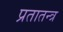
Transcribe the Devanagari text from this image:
प्रतातन्त्र